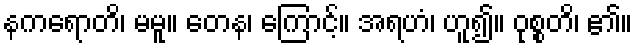
နကရောတိ၊ မမူ။ တေန၊ ကြောင့်။ အရဟံ၊ ဟူ၍။ ဝုစ္စတိ၊ ၏။